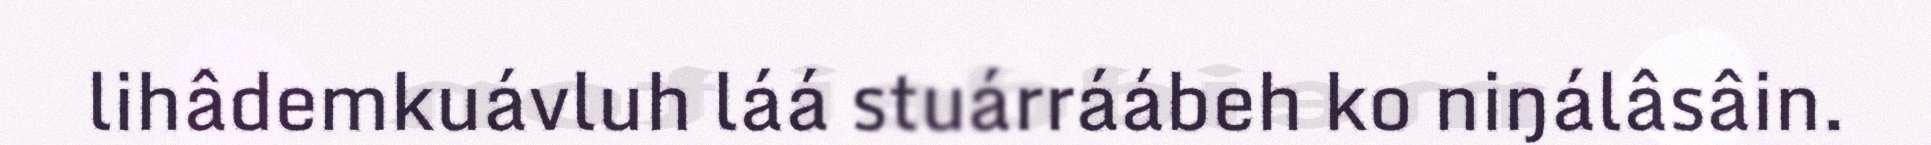
lihâdemkuávluh láá stuárráábeh ko niŋálâsâin.